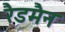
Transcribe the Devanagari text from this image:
रैडमैन